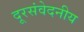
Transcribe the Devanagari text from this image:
दूरसंवेदनीय